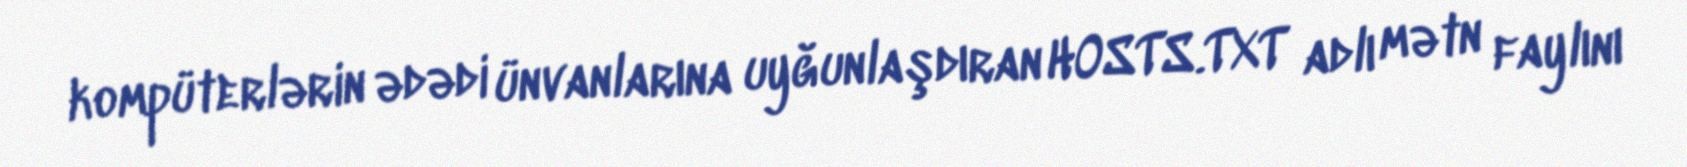
kompüterlərin ədədi ünvanlarına uyğunlaşdıran HOSTS.TXT adlı mətn faylını